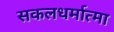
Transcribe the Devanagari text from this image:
सकलधर्मात्मा